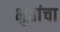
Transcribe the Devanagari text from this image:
भुतांचा